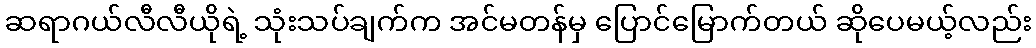
ဆရာဂယ်လီလီယိုရဲ့ သုံးသပ်ချက်က အင်မတန်မှ ပြောင်မြောက်တယ် ဆိုပေမယ့်လည်း